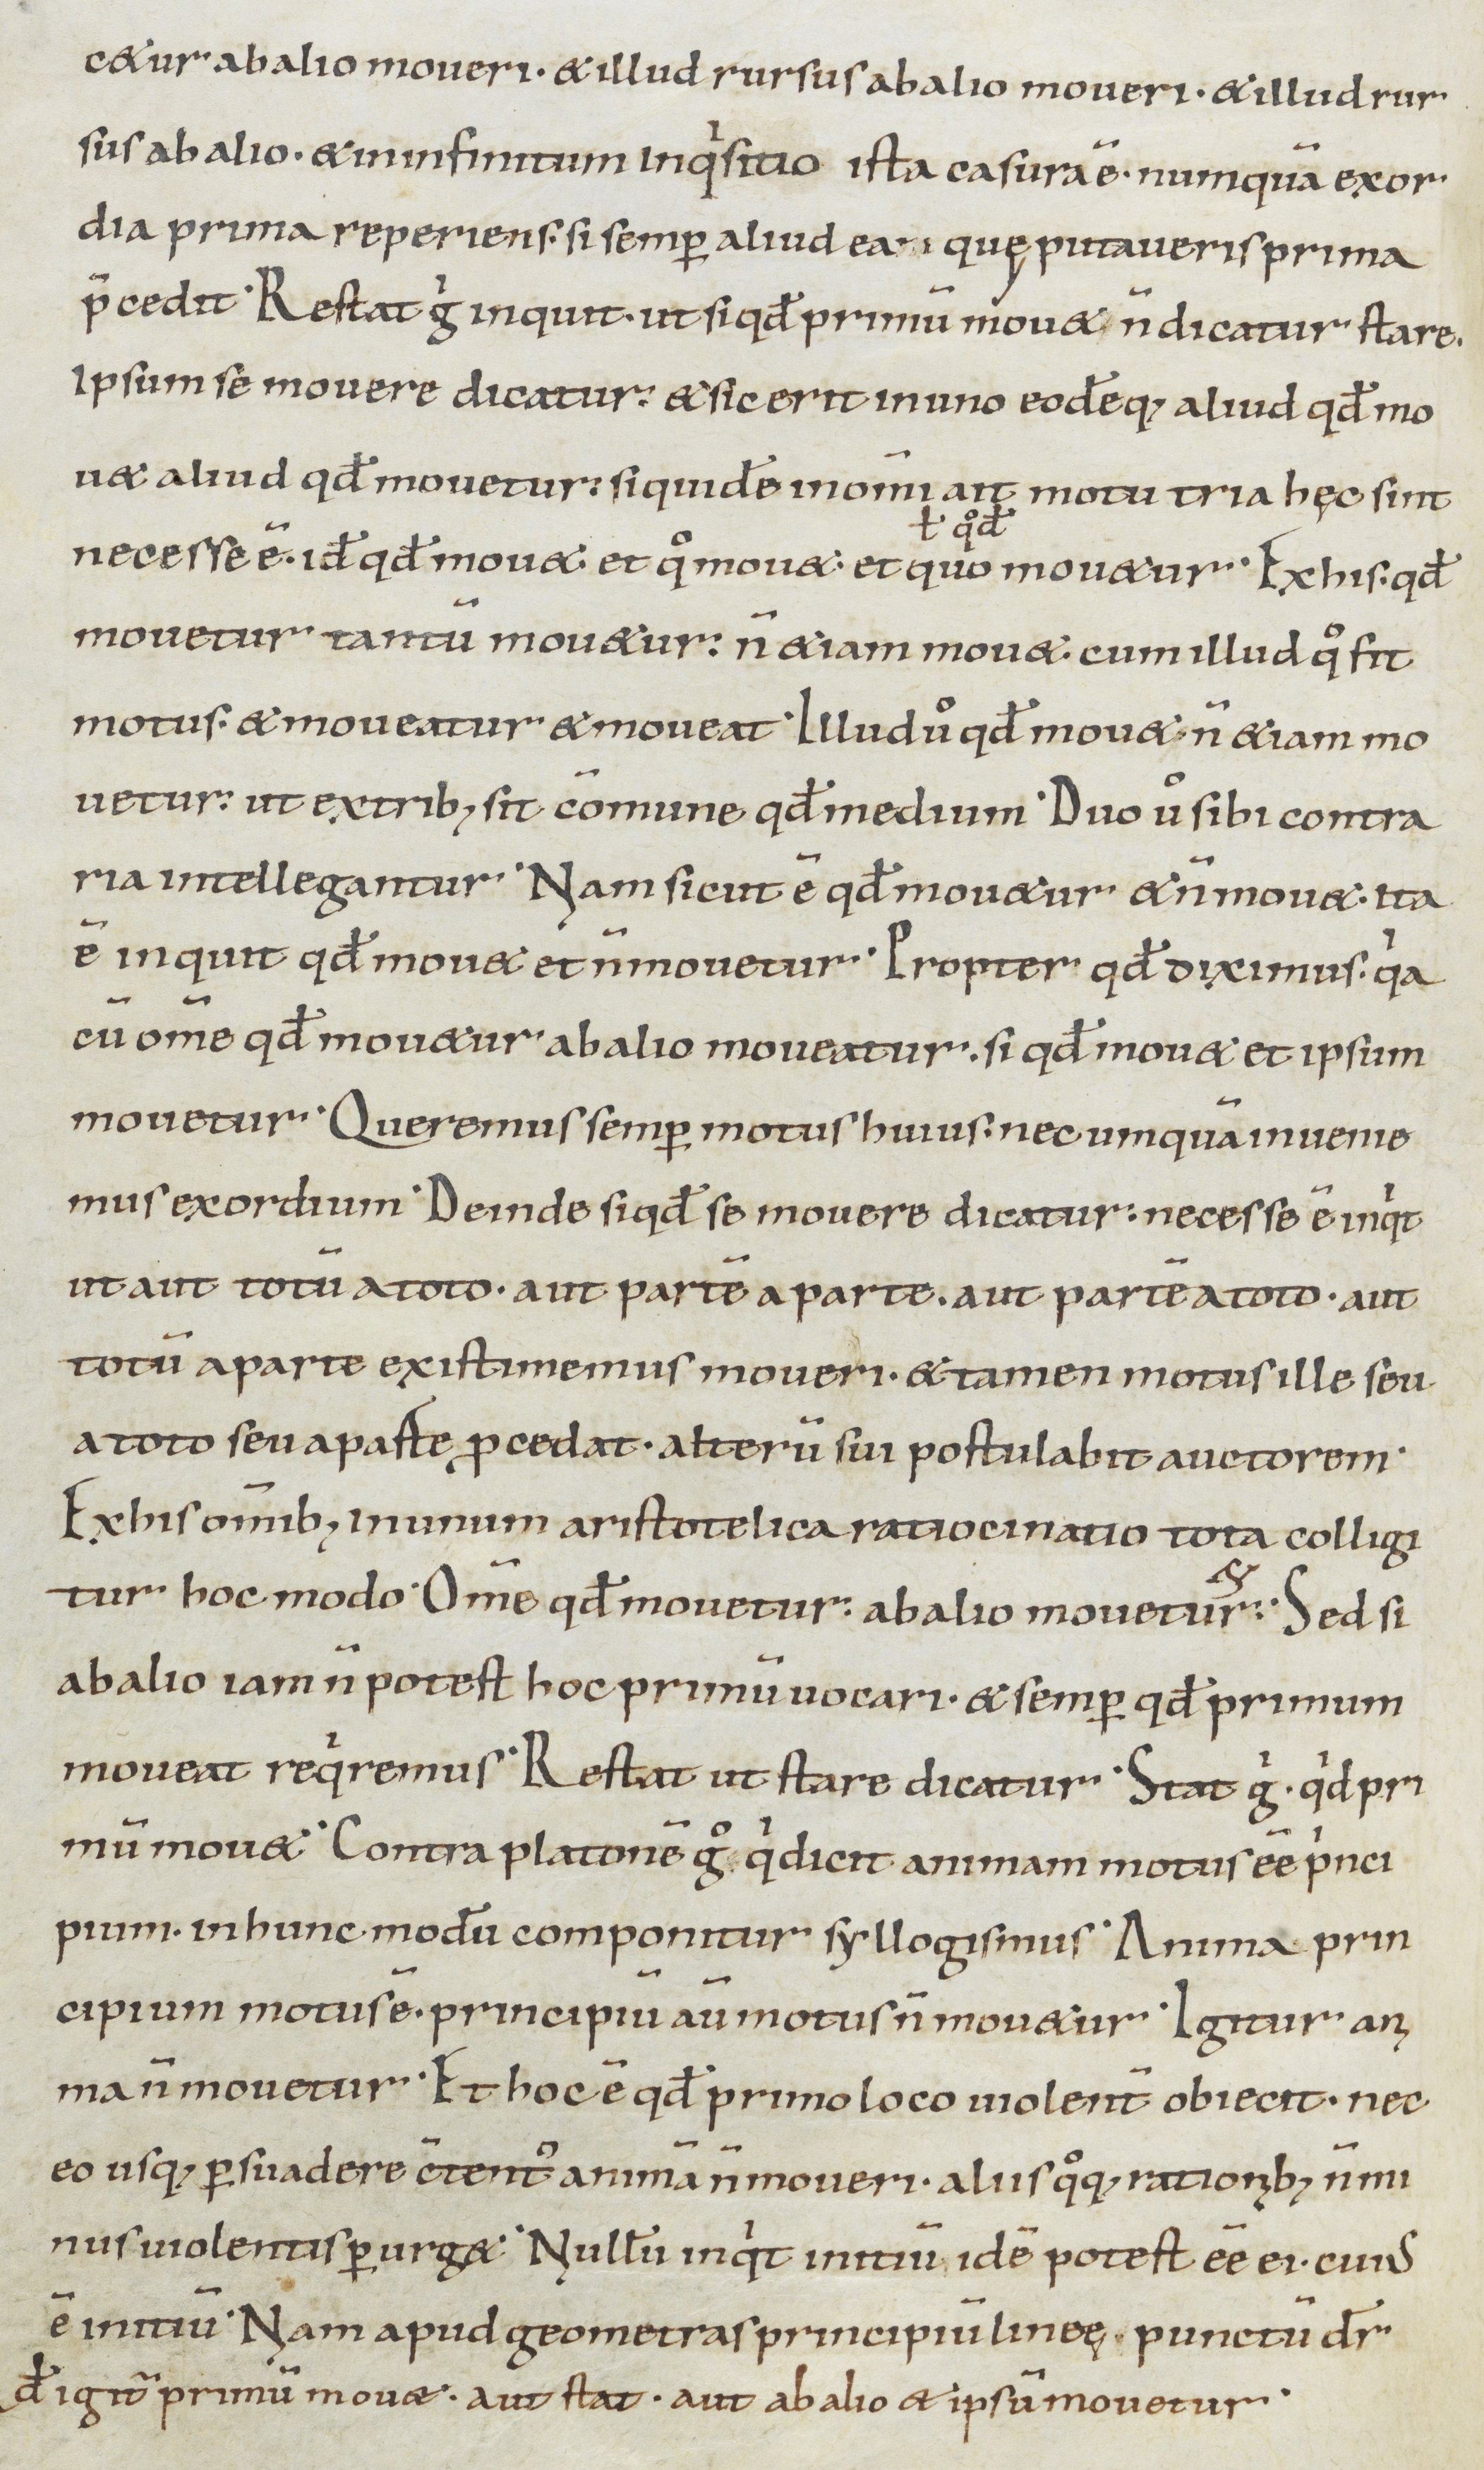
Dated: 900–1199